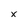
Character: x